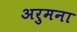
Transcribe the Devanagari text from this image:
अरुमना